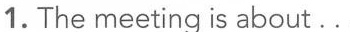
1. The meeting is about...